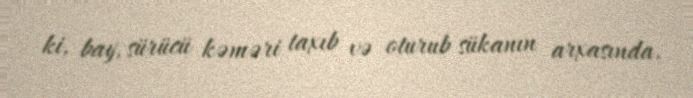
ki, bay, sürücü kəməri taxıb və oturub sükanın arxasında.